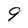
Character: 9